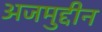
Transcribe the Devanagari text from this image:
अजमुद्दीन